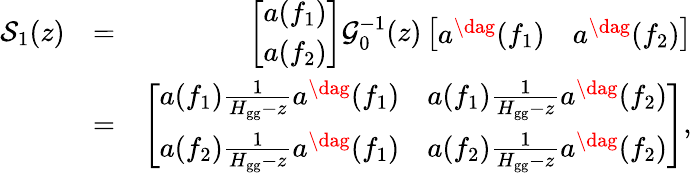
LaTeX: \begin{array}{rlr}{\mathcal{S}_{1}(z)}&{=}&{\left[\begin{array}{c}{a\! \left(f_{1}\right)}\\ {a\! \left(f_{2}\right)}\end{array}\right]\mathcal{G}_{0}^{-1}(z)\left[\begin{array}{cc}{a^{\dag}\! \left(f_{1}\right)}&{a^{\dag}\! \left(f_{2}\right)}\end{array}\right]}\\ &{=}&{\left[\begin{array}{cc}{a\! \left(f_{1}\right)\frac{1}{H_{\mathrm{gg}}-z}a^{\dag}\! \left(f_{1}\right)}&{a\! \left(f_{1}\right)\frac{1}{H_{\mathrm{gg}}-z}a^{\dag}\! \left(f_{2}\right)}\\ {a\! \left(f_{2}\right)\frac{1}{H_{\mathrm{gg}}-z}a^{\dag}\! \left(f_{1}\right)}&{a\! \left(f_{2}\right)\frac{1}{H_{\mathrm{gg}}-z}a^{\dag}\! \left(f_{2}\right)}\end{array}\right],}\end{array}